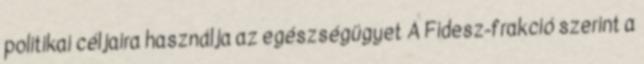
politikai céljaira használja az egészségügyet A Fidesz-frakció szerint a